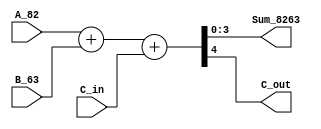
/* Generated by Yosys 0.20+70 (git sha1 6e907acf86d, gcc 8.3.1 -fPIC -Os) */

(* hdlname = "\\\\adder_4b" *)
(* top =  1  *)
(* src = "designs/adder_4b/adder_4b.v:1.1-10.10" *)
module adder_4b(A_82, B_63, C_in, Sum_8263, C_out);
  (* src = "designs/adder_4b/adder_4b.v:8.29-8.40" *)
  wire [4:0] _0_;
  (* src = "designs/adder_4b/adder_4b.v:2.14-2.18" *)
  input [3:0] A_82;
  wire [3:0] A_82;
  (* src = "designs/adder_4b/adder_4b.v:2.20-2.24" *)
  input [3:0] B_63;
  wire [3:0] B_63;
  (* src = "designs/adder_4b/adder_4b.v:3.8-3.12" *)
  input C_in;
  wire C_in;
  (* src = "designs/adder_4b/adder_4b.v:5.9-5.14" *)
  output C_out;
  wire C_out;
  (* src = "designs/adder_4b/adder_4b.v:4.15-4.23" *)
  output [3:0] Sum_8263;
  wire [3:0] Sum_8263;
  assign _0_ = A_82 + (* src = "designs/adder_4b/adder_4b.v:8.29-8.40" *) B_63;
  assign { C_out, Sum_8263 } = _0_ + (* src = "designs/adder_4b/adder_4b.v:8.29-8.47" *) C_in;
endmodule